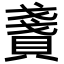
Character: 𧶤